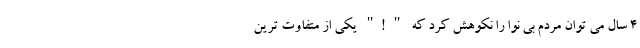
4 سال می توان مردم بی نوا را نکوهش کرد که " !" یکی از متفاوت ترین